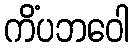
ကိံပဘဝေါ